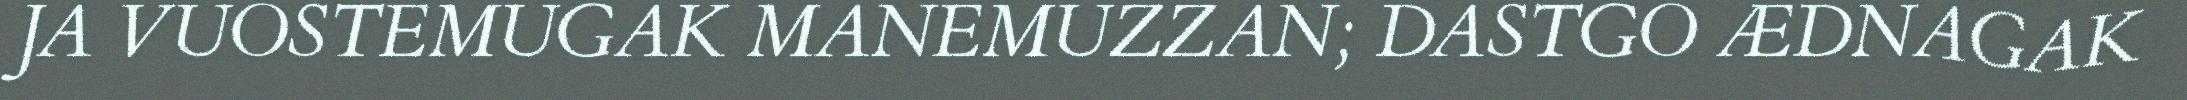
JA VUOSTEMUGAK MANEMUZZAN; DASTGO ÆDNAGAK